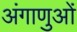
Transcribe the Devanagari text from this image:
अंगाणुओं